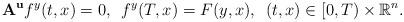
LaTeX: \begin{align*} {\bf A}^{{\bf u}} f^y(t,x) = 0, \enskip f^y(T,x) = F(y,x), \enskip (t,x) \in [0,T) \times \mathbb{R}^n.\end{align*}